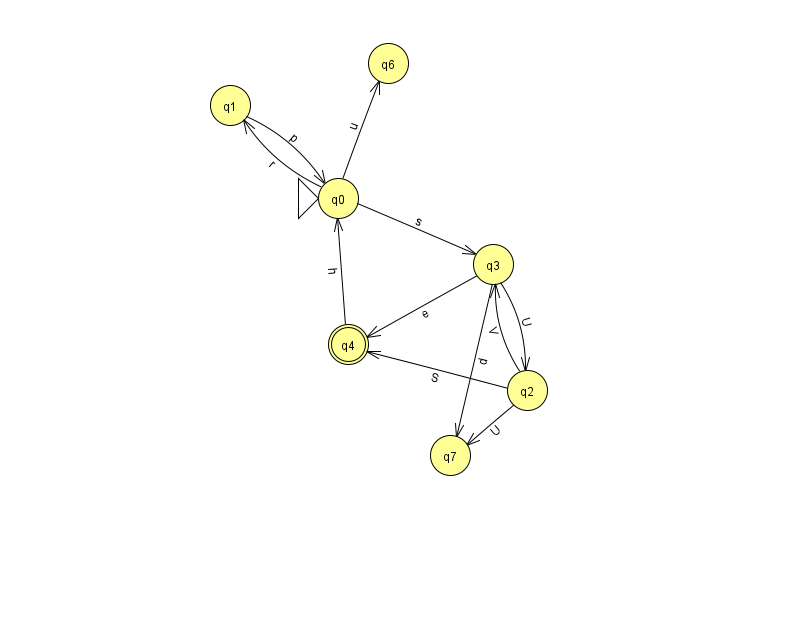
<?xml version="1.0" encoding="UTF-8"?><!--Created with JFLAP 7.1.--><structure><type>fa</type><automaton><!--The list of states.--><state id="0" name="q0"><x>338.0</x><y>185.0</y><initial/></state><state id="1" name="q1"><x>230.0</x><y>92.0</y></state><state id="2" name="q2"><x>527.0</x><y>377.0</y></state><state id="3" name="q3"><x>493.0</x><y>251.0</y></state><state id="4" name="q4"><x>348.0</x><y>331.0</y><final/></state><state id="6" name="q6"><x>388.0</x><y>50.0</y></state><state id="7" name="q7"><x>450.0</x><y>442.0</y></state><!--The list of transitions.--><transition><from>2</from><to>4</to><read>S</read></transition><transition><from>2</from><to>3</to><read>V</read></transition><transition><from>0</from><to>3</to><read>s</read></transition><transition><from>3</from><to>4</to><read>e</read></transition><transition><from>3</from><to>2</to><read>U</read></transition><transition><from>0</from><to>1</to><read>r</read></transition><transition><from>2</from><to>7</to><read>U</read></transition><transition><from>1</from><to>0</to><read>p</read></transition><transition><from>3</from><to>7</to><read>d</read></transition><transition><from>4</from><to>0</to><read>h</read></transition><transition><from>0</from><to>6</to><read>u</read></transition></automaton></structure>